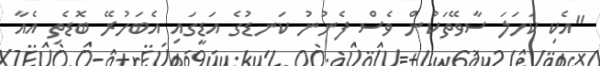
"އެކި ކަހަލަ ސާވޭތަކުން ވެސް ފެނުނު ކަނޑުގެ އަޑީގައި އެބަހުރޭ ބޮޑެތި އެއާ